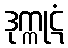
ဒုက္ကုဋံ